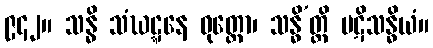
၉၄၂။ သန္ဓိ သံဃဋ္ဋနေ ဝုတ္တော၊ သန္ဓိ’တ္ထိ ပဋိသန္ဓိယံ။